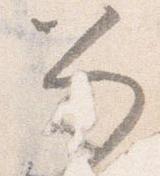
笏